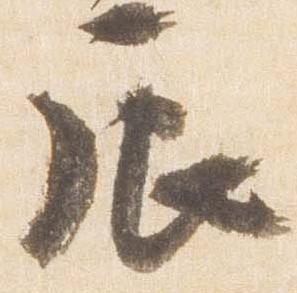
辰